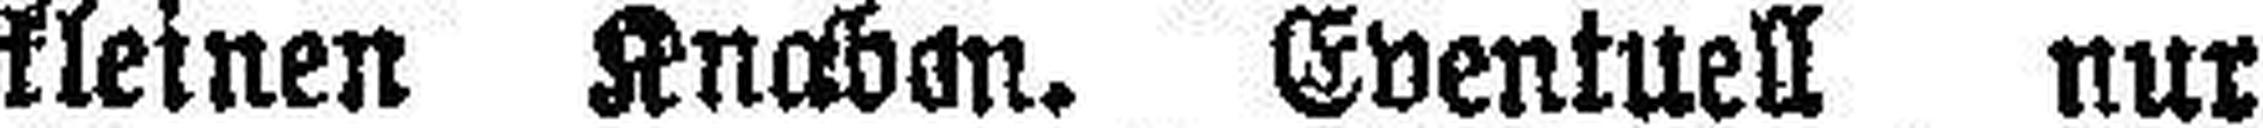
kleinen Knaben. Eventuell nur